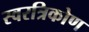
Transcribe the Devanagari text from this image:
स्वरत्रिकोण